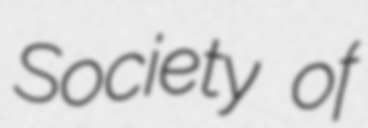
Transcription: Society of